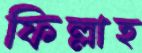
ফিল্লাহ